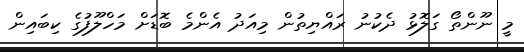
މީ ނޫންތޯ ގަލޮޅު ދެކުނު ރައްޔިތުން މިއަދު އެންމެ ބޮޑަށް މަހްލޫފުގެ ކިބައިން